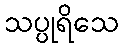
သပ္ပုရိသေ